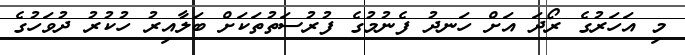
މި އަހަރުގެ ރޯދަ އަށް ހަނދު ފެނުމުގެ ފުރުސަތުތަކަށް ބަލާއިރު ހުކުރު ދުވަހުގެ